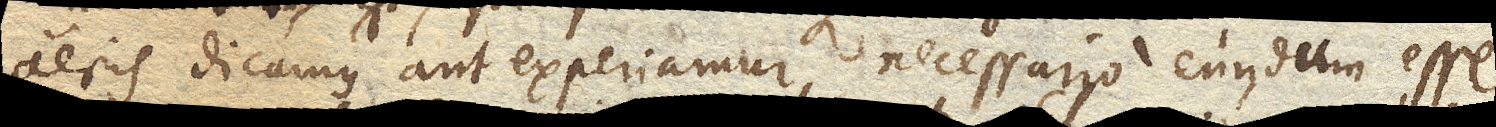
aeris dicamus aut experiamur, necessario eundum esse